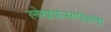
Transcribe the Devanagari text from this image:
लेखकसापेक्षता